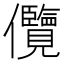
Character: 𭀓